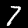
Label: 7